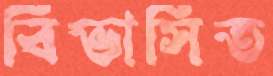
বিভাসিত